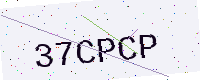
Text: 37CPCP